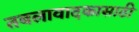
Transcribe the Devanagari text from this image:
तबलावादकासाठी